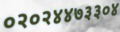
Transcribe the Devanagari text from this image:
०२०२४४७३३०४